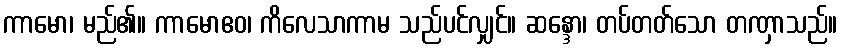
ကာမော၊ မည်၏။ ကာမောဧဝ၊ ကိလေသာကာမ သည်ပင်လျှင်။ ဆန္ဒော၊ တပ်တတ်သော တဏှာသည်။